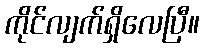
ကိုင်လျက်ရှိလေပြီ။